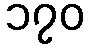
၁၇၀